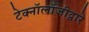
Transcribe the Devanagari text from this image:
टेक्‍नॉलॉजीद्वारे